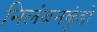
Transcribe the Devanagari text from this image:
निलंबनकुंडों